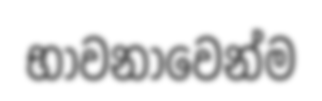
භාවනාවෙන්ම